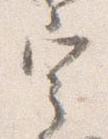
宰